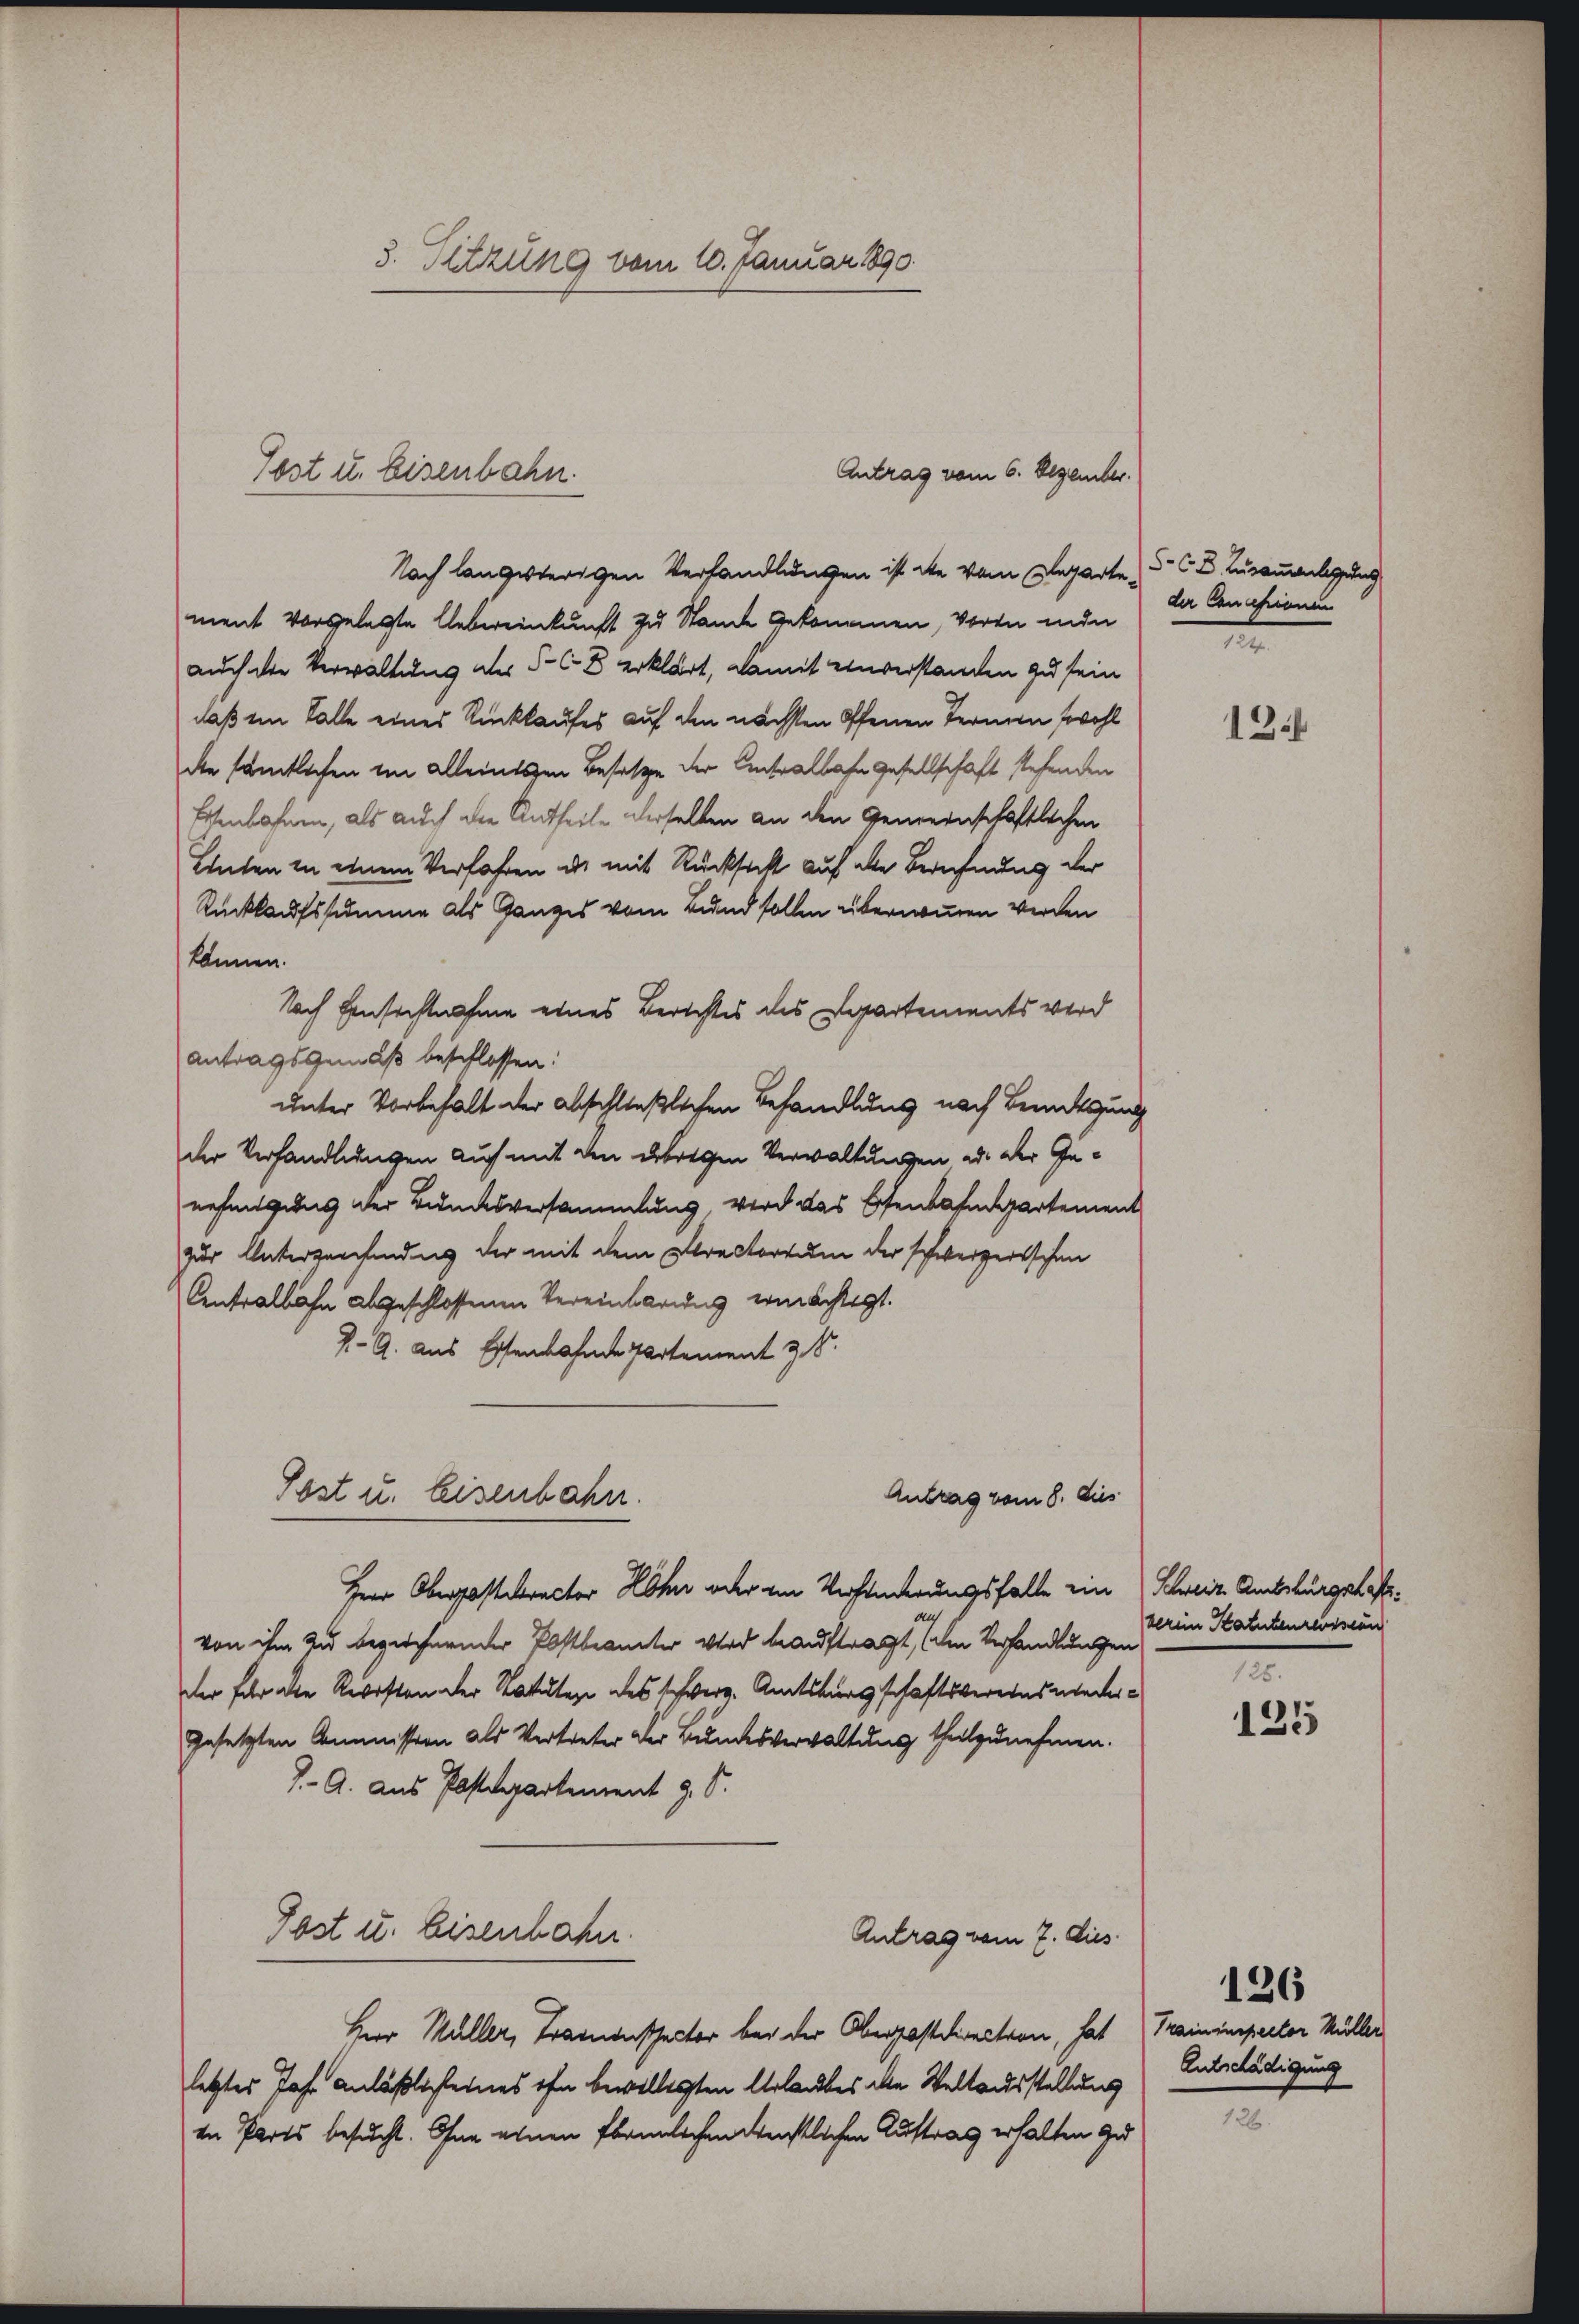
3. Sitzung vom 10. Januar 1890

Noch langesterigen Verhandlungen ist die vom Departe, d. 6 u. Zusammenlegung
ment vorgelegte Uebereinkunft zu Stande gekommen, voren inde
auch die Verwaltung der S. C. 8 erklärt, damit einverstanden zu sein
daß im Falle eines Rückkaufes auf den nächsten Ofenen Termin wohl
dee sämtlichen im alleinesen Besetze der Antralbahn gesellschaft stehenden
Eisenbahnen, als auch die Antheile derselben an den Gemeinschaftlichen
Lnten in einem Verfahren es mit Rücksicht auf die Berechnung der
Rückkaufssumme als Ganzes vom Bund sollen übernommen werden
können.
Nach Einsichtnahme eines Berichtes des Departements wird
antragsgemäß beschlossen:
unter Vorbehalt der abschließlichen Behandlung nach Benutzung
der Verhandlungen auch mit den übrigen Verwaltungen ad der Genehmigung der Bundesversammlung, wird das Osenbahndartement
zur Unterzeichneidung der mit dem Directorum der schweizertschen
Centralbahn abgeschlossenen Vereinbarung ermächtigt.
-G. aus Essenbahnde Partement & 8.
Post u. Eisenbahn.
Antrag vom 8. dies
Herr Oberpostirector Lohn oder am Verhinderungsfalle ein
von ihm zu beziehernder Postbeamter wird beauftragt, (den Verhandlungen
der für die Revision der Statuten des schwerz. Amtsburgschaftsvereinswedergesetzten Commission als Vertreter der Bundesverwaltung theilzunehmen.
J. G. aus Postdepartement z. S.
Post u. Eisenbahn.
Antrag vom 7. Dies
Herr Müller, Tramenspector bei der Oberpostdirection, hat
letztes Jahr anläßlich eines ihn bewilligten Urlaubes alle Weltausstellung
in Parts besucht. Ohne einen Ebennlichen denstlichen Auftrag erhalten zu

Antrag vom 6. Dezember.
Post u. Eisenbahn.

der Cancessionen
.

13

Schweiz. Amtsbürgschaft.
verein Statutenressen
125.

125

Traininspector Müller
Entschädigung

126